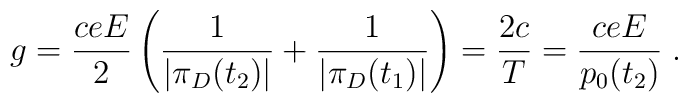
g=\frac{c eE}{2}\left(\frac{1}{|\pi_D(t_2)|}+\frac{1}{|\pi_D(t_1)|}\right)=\frac{2c }{T}=\frac{c eE}{p_0(t_2)}\;.